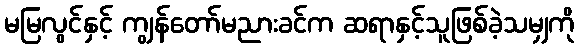
မမြလွင်နှင့် ကျွန်တော်မညားခင်က ဆရာနှင့်သူဖြစ်ခဲ့သမျှကို